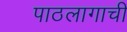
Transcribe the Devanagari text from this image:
पाठलागाची